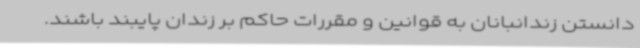
دانستن زندانبانان به قوانین و مقررات حاکم بر زندان پایبند باشند.